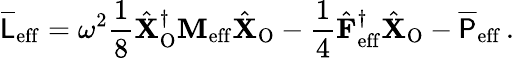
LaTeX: \overline{{\mathsf{L}}}_{\mathrm{eff}}=\omega^{2}\frac{1}{8}\hat{\mathbf{X}}_{\mathrm{O}}^{\dagger}\mathbf{M}_{\mathrm{eff}}\hat{\mathbf{X}}_{\mathrm{O}}-\frac{1}{4}\hat{\mathbf{F}}_{\mathrm{eff}}^{\dagger}\hat{\mathbf{X}}_{\mathrm{O}}-\overline{{\mathsf{P}}}_{\mathrm{eff}}\, .